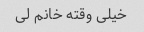
خیلی وقته خانم لی